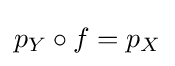
p_{Y}\circ f=p_{X}